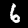
Label: 6